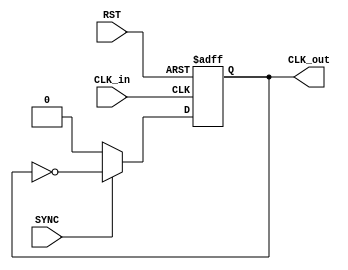
/***********************************************
Module Name:   int_FreqDiv_G1
Feature:       Integer frequency division which the factor must be greater than 1
               Coder:         Garfield
Organization:  XXXX Group, Department of Architecture
------------------------------------------------------
Input ports:   CLK_in, 1bit clock
               RST, 1 bit, reset
               SYNC, 1 bit, synchronization flag,
                     CLK_out forced a positive edge after it's posedge
Output Ports:  CLK_out, Divided Clock
------------------------------------------------------
History:
02-05-2016: First Version by Garfield
02-05-2016: First verified by int_FreqDiv_G1_test  ISE/Modelsim
***********************************************/


module  int_FreqDiv_G1 #(parameter DIV = 2)
//DIV: factor for frequency division
 ( 
    input CLK_in, RST, SYNC,
    output reg CLK_out
  );
  
function integer int_log2(input integer num);
//Return the up-integer for log2(num)
begin
    int_log2 = 1;
    //Initial
    while ( (2 ** int_log2) < num)
    //Not reaching the number
    begin
        int_log2 = int_log2 + 1;
    end
end
endfunction

localparam REVERSE = (DIV-2) / 2;
//Definition for Variables in the module
localparam WIDTH = int_log2(DIV);
reg[WIDTH - 1:0]  counter;
//Counter in the module

//Load other module(s)

//Logic          
always @(posedge CLK_in or negedge RST)
//Counter operation
begin
    if (!RST)
    //Reset
    begin
        counter <= DIV - 1;
    //Posedge generate as soon as leave reset-statement
    end
    else if (!SYNC)
    //Diable
    begin
        counter <= DIV - 1;
    //Posedge generate as soon as leave reset-statement
    end
    else if (counter == DIV -1)
    //Reached the division value
    begin
        counter <= 1'h0;
    end
    else
    //Not yet
    begin
        counter <= counter + 1'h1;
    end
end

always @(posedge CLK_in or negedge RST)
//Clock divided operation
begin
    if (!RST)
    //Reset
    begin
        CLK_out <= 1'h0;
    end
    else if (!SYNC)
    //Diable
    begin
        CLK_out <= 1'h0;
    //Posedge generate as soon as leave reset-statement
    end
    else if ( (counter == DIV -1 ) || (counter == REVERSE) )
    //Reached the division value or reversing value
    begin
        CLK_out <= ~CLK_out;
    end
end
endmodule